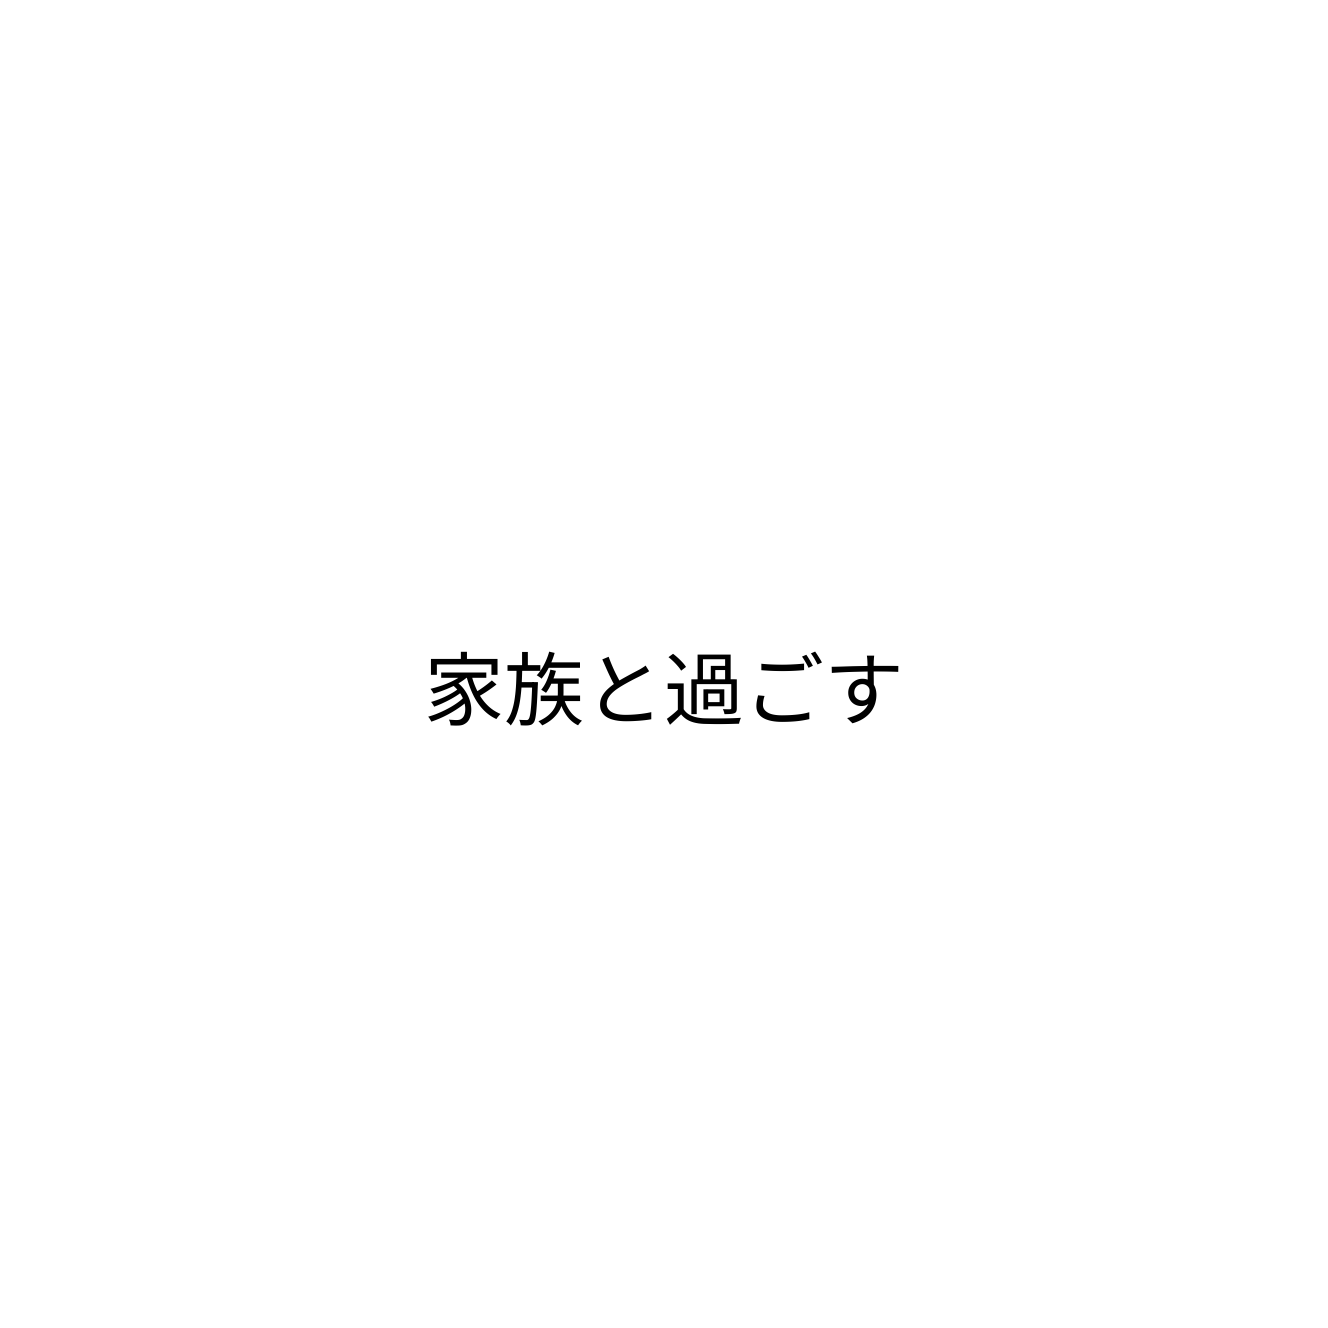
家族と過ごす